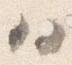
ハ